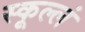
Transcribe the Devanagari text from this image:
स्कूल्लं